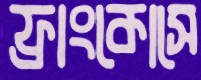
ফ্রাংকোসে